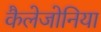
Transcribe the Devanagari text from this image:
कैलेजोनिया